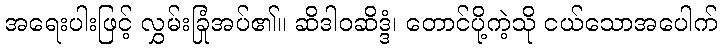
အရေးပါးဖြင့် လွှမ်းခြုံအပ်၏။ ဆိဒါဝဆိဒ္ဒံ၊ တောင်ပို့ကဲ့သို ငယ်သောအပေါက်